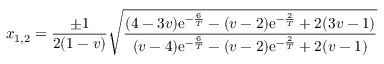
x _ { 1 , 2 } = \frac { \pm 1 } { 2 ( 1 - v ) } \sqrt { \frac { ( 4 - 3 v ) \mathrm { e } ^ { - \frac { 6 } { T } } - ( v - 2 ) \mathrm { e } ^ { - \frac { 2 } { T } } + 2 ( 3 v - 1 ) } { ( v - 4 ) \mathrm { e } ^ { - \frac { 6 } { T } } - ( v - 2 ) \mathrm { e } ^ { - \frac { 2 } { T } } + 2 ( v - 1 ) } }